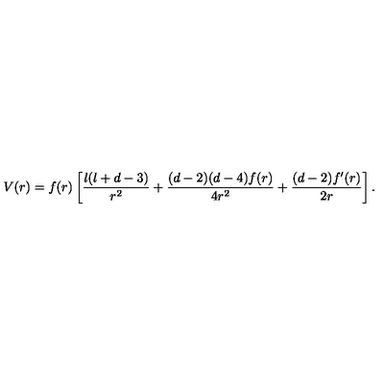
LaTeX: V ( r ) = f ( r ) \left[ \frac { l ( l + d - 3 ) } { r ^ { 2 } } + \frac { ( d - 2 ) ( d - 4 ) f ( r ) } { 4 r ^ { 2 } } + \frac { ( d - 2 ) f ^ { \prime } ( r ) } { 2 r } \right] .